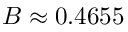
B \approx 0 . 4 6 5 5